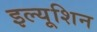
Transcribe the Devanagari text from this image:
इल्यूशिन